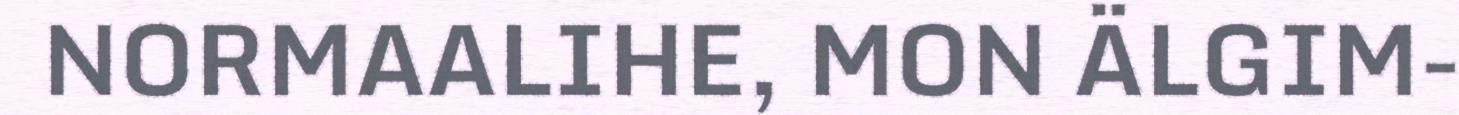
NORMAALIHE, MON ÄLGIM-